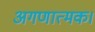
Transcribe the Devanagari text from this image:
अगणात्मक।